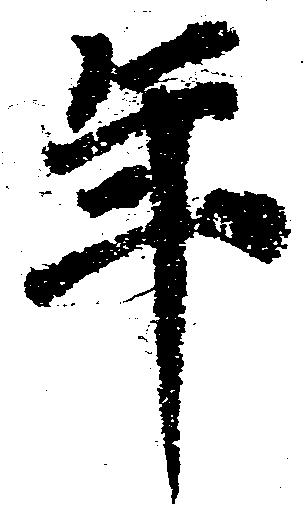
年